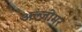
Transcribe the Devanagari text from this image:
अल्ज़ीमर